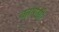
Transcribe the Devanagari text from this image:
बताएंगी।